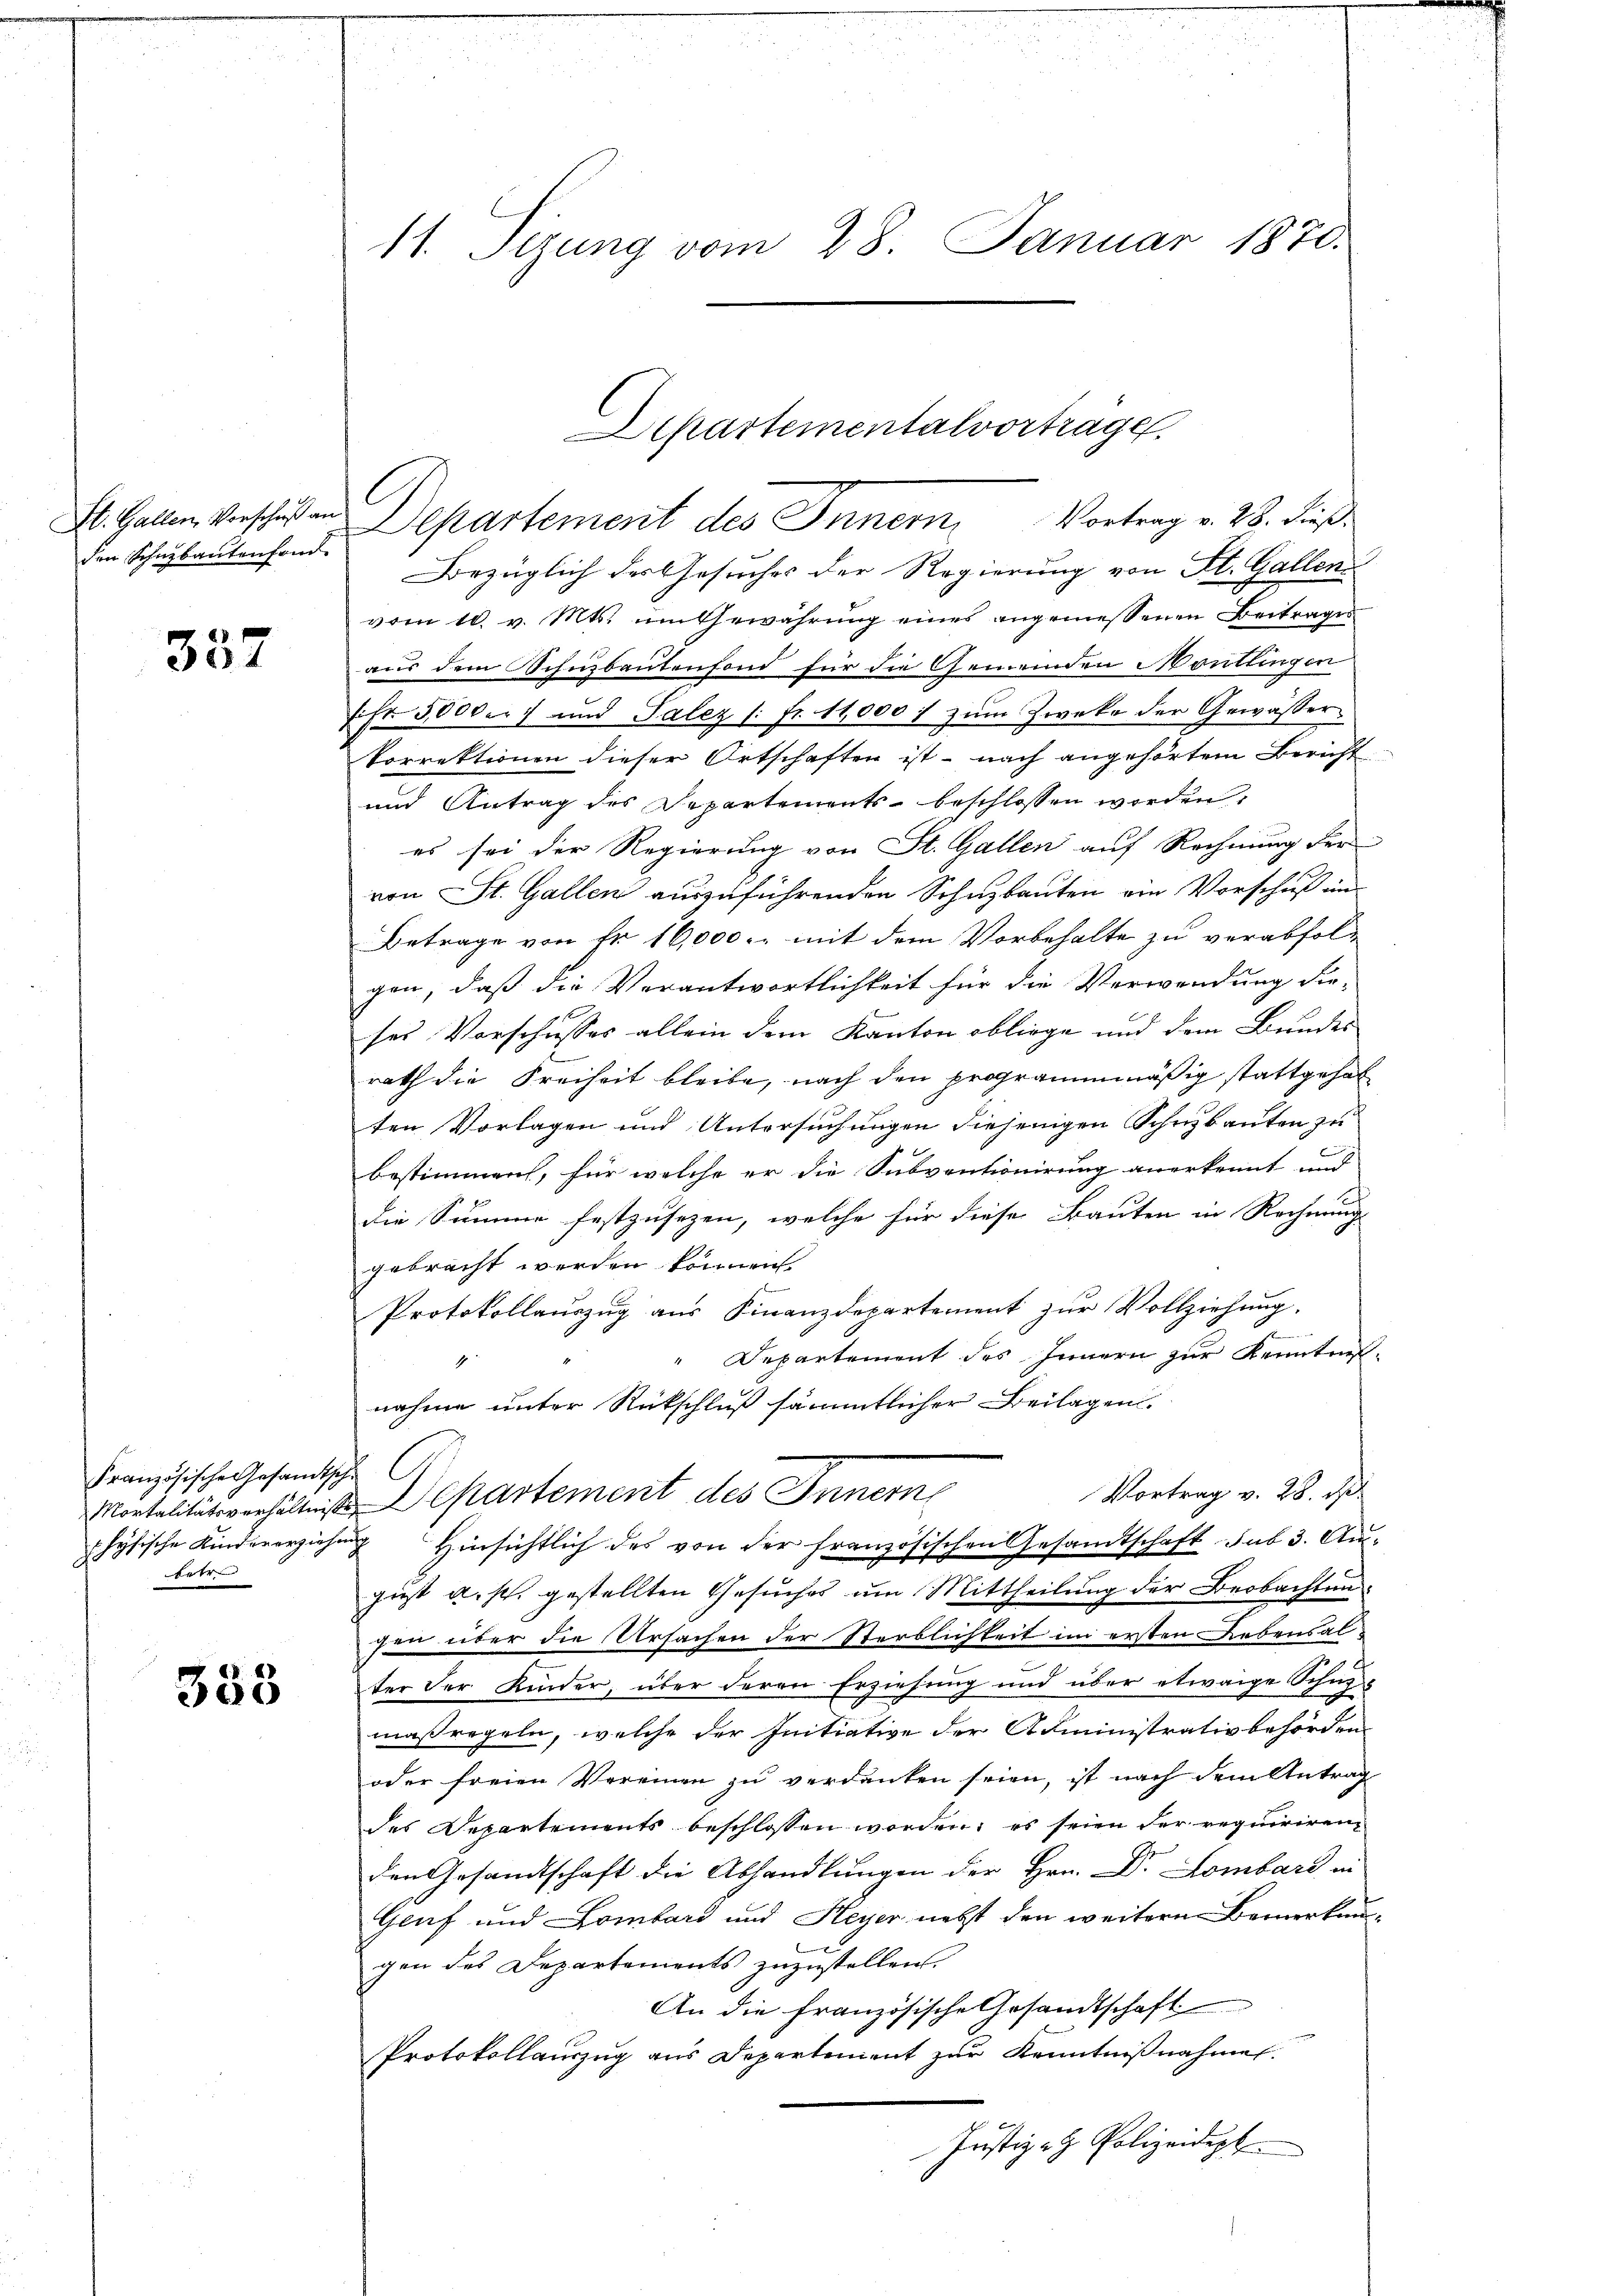
St. Gallen Vorschuß an
den Schnzbautenfond

357

Französische Gesandtsche
rtre

333

11. Sizung vom 28. Januar 1870.

Departementalvorträge.
l
Departement des Inner Vortrag v. 28. dieß.
Bezüglich des Gesuches der Regierung von St. Gallen
vom 10. v. Mts. im Gewährung eines angemessenen Beitrages
aus dem Schnbautenfond für die Gemeinden Montlingen
Efr. 5000er und Palez /: fr. 11,000 f zum Zweke der Gewässer
korrektionen dieser Ortschaften ist - nach angehörten Bericht
und Antrag des Departements- beschlossen worden,
es sei der Regierung von St. Gallen auf Rechnung der
von St. Gallen auszuführenden Schuzbauten ein Vorschuß ein
Betrage von Fr. 16,000 u. mit dem Vorbehalte zu verabfolgen, daß die Verantwortlichkeit für die Verwendung die-
ses Vorschusses allein dem Kanton obliege und dem Bundes
rath die Freiheit bleibe, nach den programmmäßig stattgehal
ten Vorlagen und Untersuchungen diejenigen Schnybauten zu
bestimmen, für welche er die Subventionirung anerkennt und
die Summe festzusezen, welche für diese Bauten in Rechnung
gebracht werden können.
Protokollauszug aus Finanzdepartement zur Vollziehung.
3
" Departement des Innern zur Kenntnuf
1
nahme unter Rückschluß sämmtlicher Beilagen.
Vortrag v. 28. ds
Montalitätsverhältnisse Departement des Innern
physische Kindererziehung hinsichtlich des von der französischen Gesamtschaft sub 3. August a. p. gestellten Gesuches um Mittheilung der Beobachtensen über die Ursachen der Sterblichkeit im ersten Lebensalter der Kinder, über deren Erziehung und über etwaige Schn
maßregeln, welche der Initiative der Administrativbehörden.
oder freien Vereinen zu verdenten seien, ist nach dem Antrag
des Departements beschlossen worden; es seien der requiriren-
den Gesandtschaft die Abhandlungen der Hrn. Dr Lombard in
Genf und Lombard und Heyer nebst den weitern Bemerkun-
gen des Departements zuzustellen.
An die französische Gesandtschaft
Protokollauszug aus Departement zur Kenntnißnahmen.
Justiz- & Polizeidept